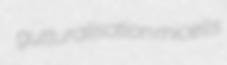
gutturalisation micells